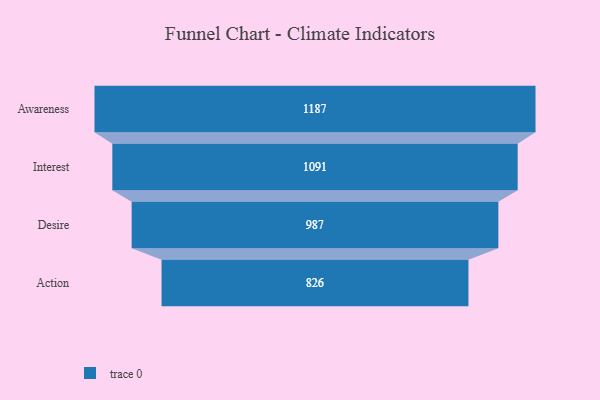
{"axis": {"x": "Stage", "y": "Value"}, "legend": [""], "data": [{"x": "Awareness", "y": 1187.0, "type": ""}, {"x": "Interest", "y": 1091.0, "type": ""}, {"x": "Desire", "y": 987.0, "type": ""}, {"x": "Action", "y": 826.0, "type": ""}]}